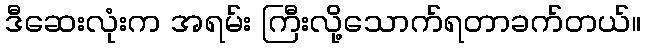
ဒီဆေးလုံးက အရမ်း ကြီးလို့သောက်ရတာခက်တယ်။